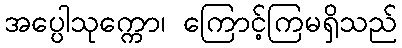
အပ္ပေါသုက္ကော၊ ကြောင့်ကြမရှိသည်